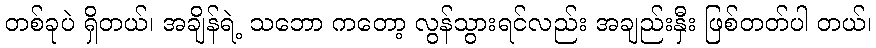
တစ်ခုပဲ ရှိတယ်၊ အချိန်ရဲ့ သဘော ကတော့ လွန်သွားရင်လည်း အချည်းနှီး ဖြစ်တတ်ပါ တယ်၊